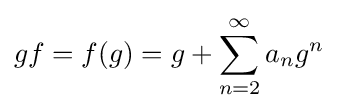
gf=f(g)=g+\sum _{n=2}^{\infty }a_{n}g^{n}